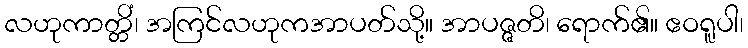
လဟုကာတ္တိံ၊ အကြင်လဟုကအာပတ်သို့။ အာပဇ္ဇတိ၊ ရောက်၏။ ဧဝရူပါ၊